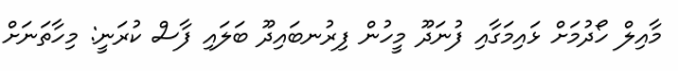
މާއިލް ހޯދުމަށް ޅައިމަގާއި ފުނަދޫ މީހުން ފިރުނބައިދޫ ބަލައި ފާސް ކުރަނީ: މިހާތަނަށް